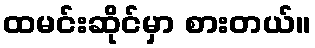
ထမင်းဆိုင်မှာ စားတယ်။